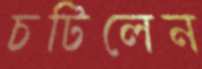
চটিলেন